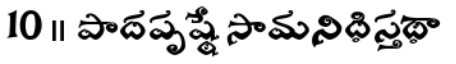
10 ॥ పాదపృష్ఠే సామనిధిస్తథా